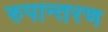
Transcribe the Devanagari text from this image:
रुपान्‍तरण